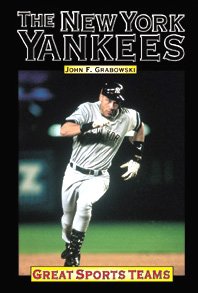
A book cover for New York Yankees (Great Sports Teams); John F. Grabowski; Teen & Young Adult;